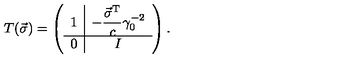
T ( \vec { \sigma } ) = \left( \begin{array} { c | c } { 1 } & { \displaystyle - \frac { \vec { \sigma } ^ { \mathrm { T } } } { c } \gamma _ { 0 } ^ { - 2 } } \\ \hline { 0 } & { I } \\ \end{array} \right) .